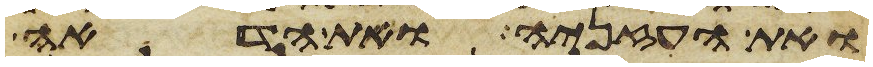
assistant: ואת העזניה ואת הדאה